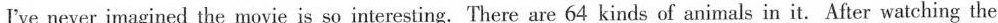
I've never imagined the movie is so interesting.There are 64 kinds of animals in it.After watching the